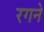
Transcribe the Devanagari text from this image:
रगने